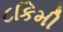
૮કિમી